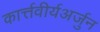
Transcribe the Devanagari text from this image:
कार्त्तवीर्यअर्जुन